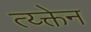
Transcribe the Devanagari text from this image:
त्य्क्तेन